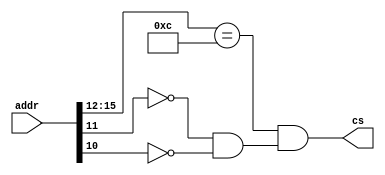
module ADDRDecoding(
	input [31:0] addr,
	output cs
	);
	
	//faixa da mem interna 0xC000 a 0xC3FF
	//0x0000_C000 a 0x0000_C3ff
	wire c1,c2;
	assign c1 = addr[15:12] == 4'hC;
	assign c2 = ~addr[11]&~addr[10];
	assign cs = c1&c2;
	
endmodule